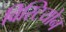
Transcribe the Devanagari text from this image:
विस्टियोन